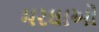
મરઘાઓ